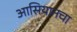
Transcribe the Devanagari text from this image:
आसियानचा